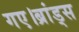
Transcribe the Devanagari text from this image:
गए।ब्रांड्स